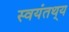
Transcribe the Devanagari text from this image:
स्वयंतथ्‌य